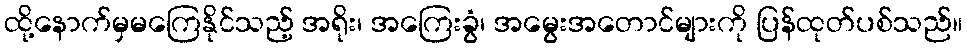
ထို့နောက်မှမကြေနိုင်သည့် အရိုး၊ အကြေးခွံ၊ အမွေးအတောင်များကို ပြန်ထုတ်ပစ်သည်။